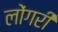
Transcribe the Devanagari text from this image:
लोंगरी